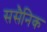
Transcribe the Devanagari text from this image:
ससैनिक